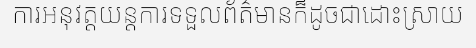
ការអនុវត្តយន្តការទទួលព័ត៌មានក៏ដូចជាដោះស្រាយ